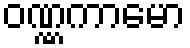
ဝဏ္ဏကာမော